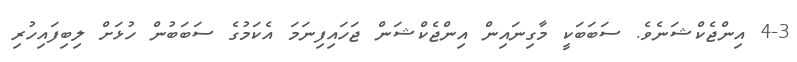
4-3 އިންޖެކްޝަނެވެ. ސަބަބަކީ މާގިނައިން އިންޖެކްޝަން ޖަހައިފިނަމަ އެކަމުގެ ސަބަބުން ހުޅަށް ލިބިފައިހުރި